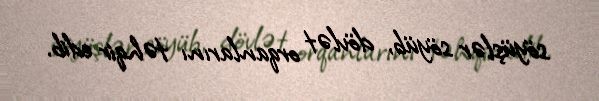
söyüşlər söyüb, dövlət orqanlarını təhqir edib.